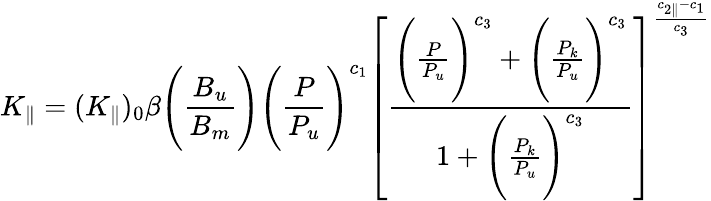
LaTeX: K_{\parallel}=(K_{\parallel})_{0}\beta\Bigg(\frac{B_{u}}{B_{m}}\Bigg)\Bigg(\frac{P}{P_{u}}\Bigg)^{c_{1}}\left[\frac{\Bigg(\frac{P}{P_{u}}\Bigg)^{c_{3}}+\Bigg(\frac{P_{k}}{P_{u}}\Bigg)^{c_{3}}}{1+\Bigg(\frac{P_{k}}{P_{u}}\Bigg)^{c_{3}}}\right]^{\frac{c_{2\parallel}-c_{1}}{c_{3}}}